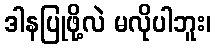
ဒါနပြုဖို့လဲ မလိုပါဘူး၊